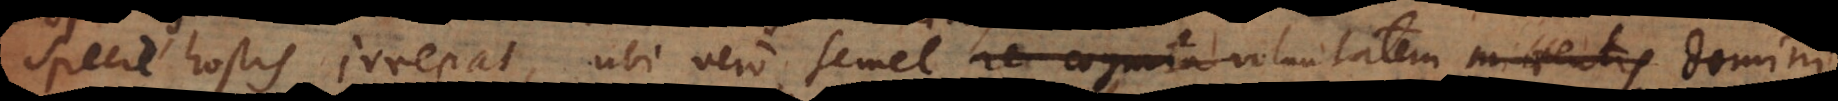
specie hostis irrepat, ubi vero semel re cognita verita autoritatem